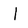
Character: l